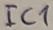
Text: IC1